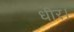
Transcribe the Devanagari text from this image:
धीर।